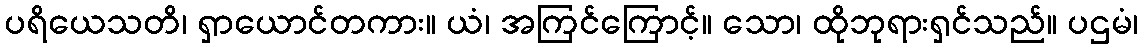
ပရိယေသတိ၊ ရှာယောင်တကား။ ယံ၊ အကြင်ကြောင့်။ သော၊ ထိုဘုရားရှင်သည်။ ပဌမံ၊